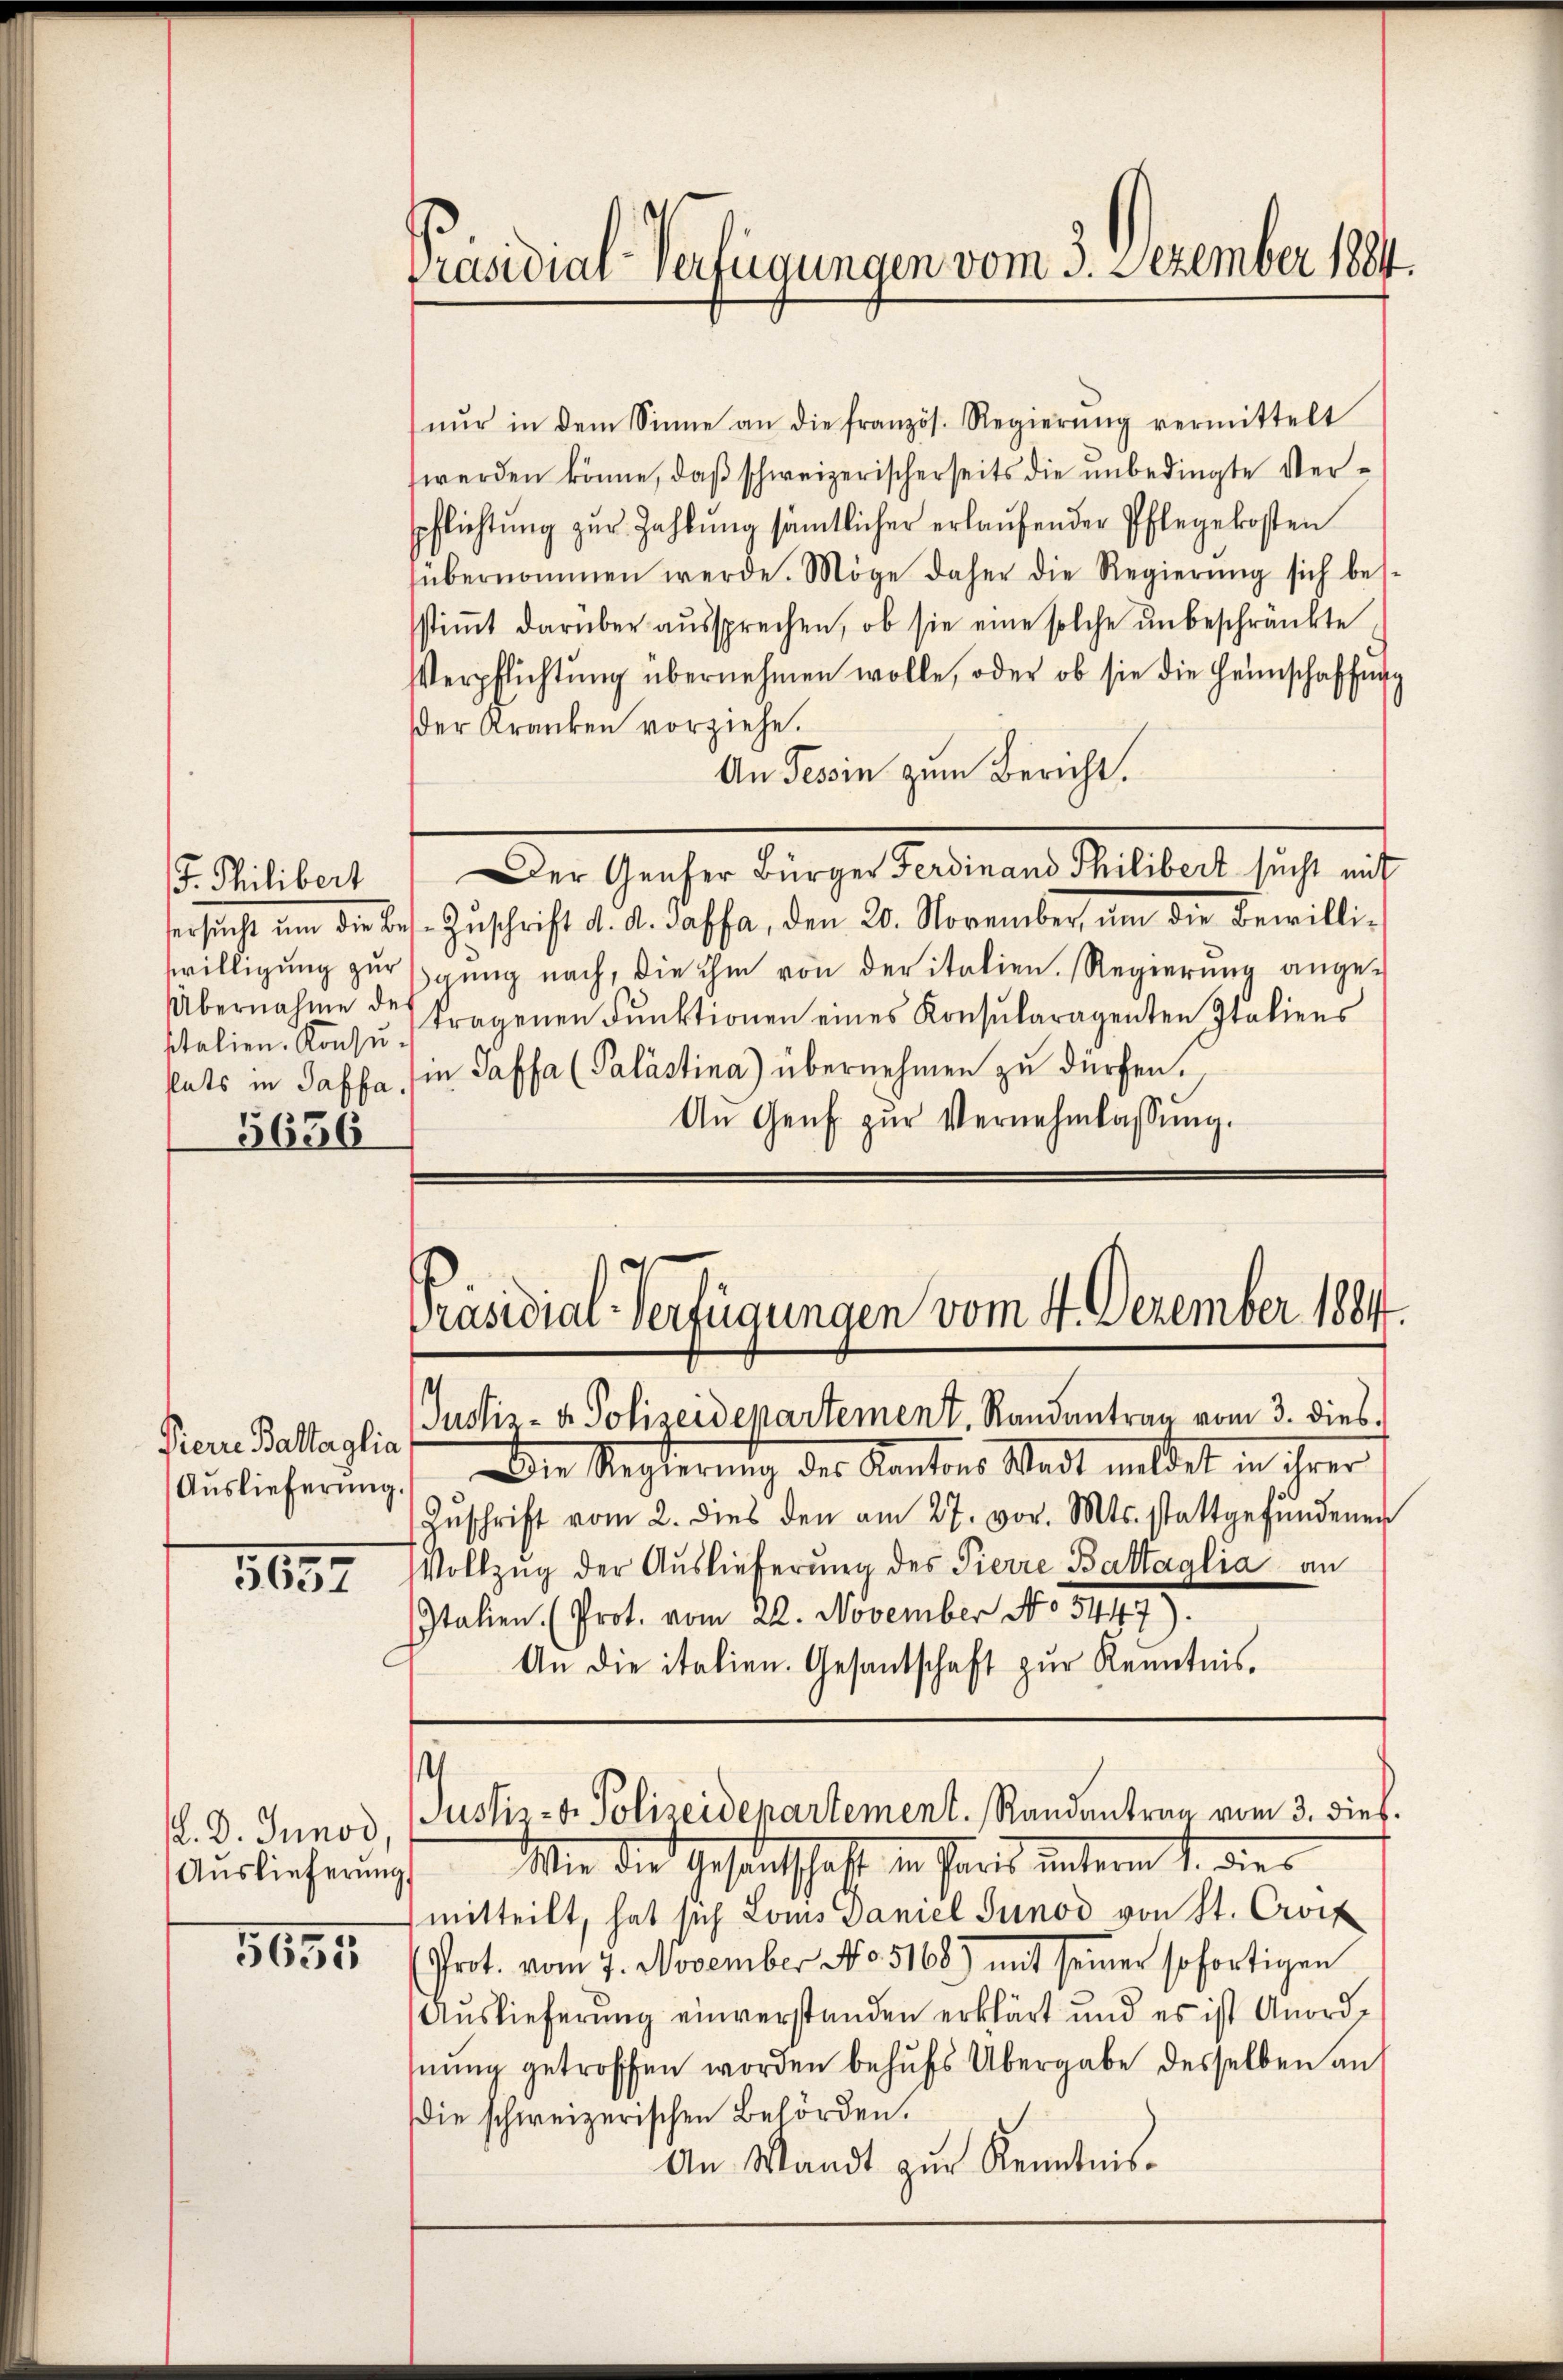
F. Philibert
Übernahme der
stets in Saffa.
5656

Pierre Baltaglia
Auslieferung

1637

. D. Junod
Auslieferung

5655

Präsidial-Verfügungen vom 3. Dezember 1884.

nŭr in dem Sinne an die französ. Regierŭng vermittelt
werden könne, daß schweizerischerseits die unbedingte Verspflichtŭng zŭr Zahlŭng sämtlicher erlaŭfender Pflegekosten
fübernommen werde. Möge daher die Regierŭng sich bei-
stiṁt darüber aŭssprechen, ob sie eine solche ŭnbeschränkte
Verpflichtŭng übernehmen wolle, oder ob sie die Heimschaffŭng
der Kranken vorziehe.
An Tessin zum Bericht.
Der Genfer Bürger Ferdinand Philibert sucht mit
ser sicht um die Bet. Zuschrift d. d. Fassa, den 20. November, um die bewillig
willigung zur Banng nach, die ihm von der italien. Regierung angestalien. Konzŭtragenen Funktionen eines Konsularagenten Italiens
in Passa (Palästina) übernehmen zu dürfen.
An Genf zŭr Vernehmlassŭng.

Justiz- & Polizeidepartement. Randantrag vom 3. dies
Die Rechterung des Kantons Wert mildet in ihrer
Zŭschrift vom 2. dies den am 27. vor. Mts. stattgefŭndenen
Vollzug der Auslieferung des Pierre Battaglia an
Italien (Prot. vom 22. November No 5447).
An die italien. Gesantschaft zur Kenntnis.

Präsidial-Verfügungen vom 4. Dezember 1884.

.
Justiz- & Polizeidepartement. Randantrag vom 3. dieß.

Wie die Gesandtschaft in Paris unterm 1. dies
mitteilt, hat sich Loms Daniel Tunod von St. Croix
Prot. vom 7. November No. 5168) mit seiner sofortigen
Auslieferung einverstanden erklärt und es ist Anordnung getroffen worden behufs Übergabe desselben an
die schweizerischen Behörden.
An Waadt zur Kenntnis.